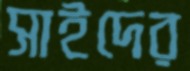
সাইদের